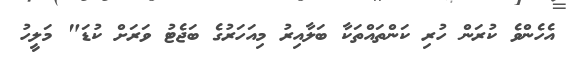
އެހެންވެ ކުރަން ހުރި ކަންތައްތަކާ ބަލާއިރު މިއަހަރުގެ ބަޖެޓު ވަރަށް ކުޑަ" މަލީހު